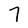
Character: 7